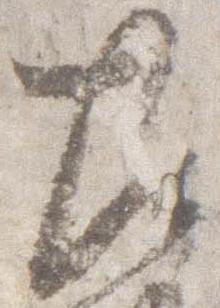
左